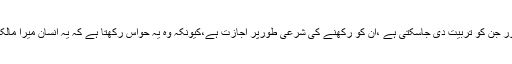
دنیا میں موجود وہ تمام جانور جن کو تربیت دی جاسکتی ہے ،ان کو رکھنے کی شرعی طورپر اجازت ہے،کیونکہ وہ یہ حواس رکھتا ہے کہ یہ انسان میرا مالک اور میں اس کا پالتو ہوں ۔